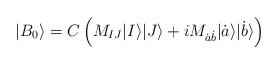
LaTeX: \begin{align*}| B_0\rangle =C\left( M_{IJ} | I\rangle | J\rangle +iM_{\dot{a}\dot{b}} |\dot{a}\rangle| \dot{b}\rangle \right)\end{align*}